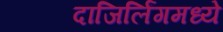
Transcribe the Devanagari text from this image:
दाजिर्लिंगमध्ये